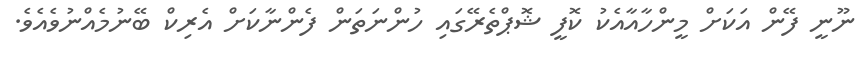
ނޫނީ ފޭން އަކަށް މީންހާއާއެކު ކޮފީ ޝޮޕްތެރޭގައި ހުންނަތަން ފެންނާކަށް އެެރިކް ބޭނުމެއްނުވެއެވެ.